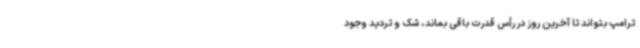
ترامپ بتواند تا آخرین روز در رأس قدرت باقی بماند، شک و تردید وجود